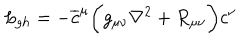
{ \it L } _ { g h } = - \overline { { c } } ^ { \mu } \biggl ( g _ { \mu \nu } \nabla ^ { 2 } + R _ { \mu \nu } \biggr ) c ^ { \nu }